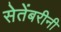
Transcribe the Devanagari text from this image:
सेतेंबरीनी